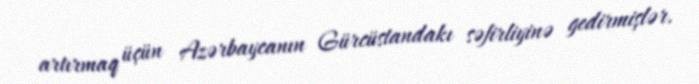
artırmaq üçün Azərbaycanın Gürcüstandakı səfirliyinə gedirmişlər.